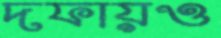
দফায়ও